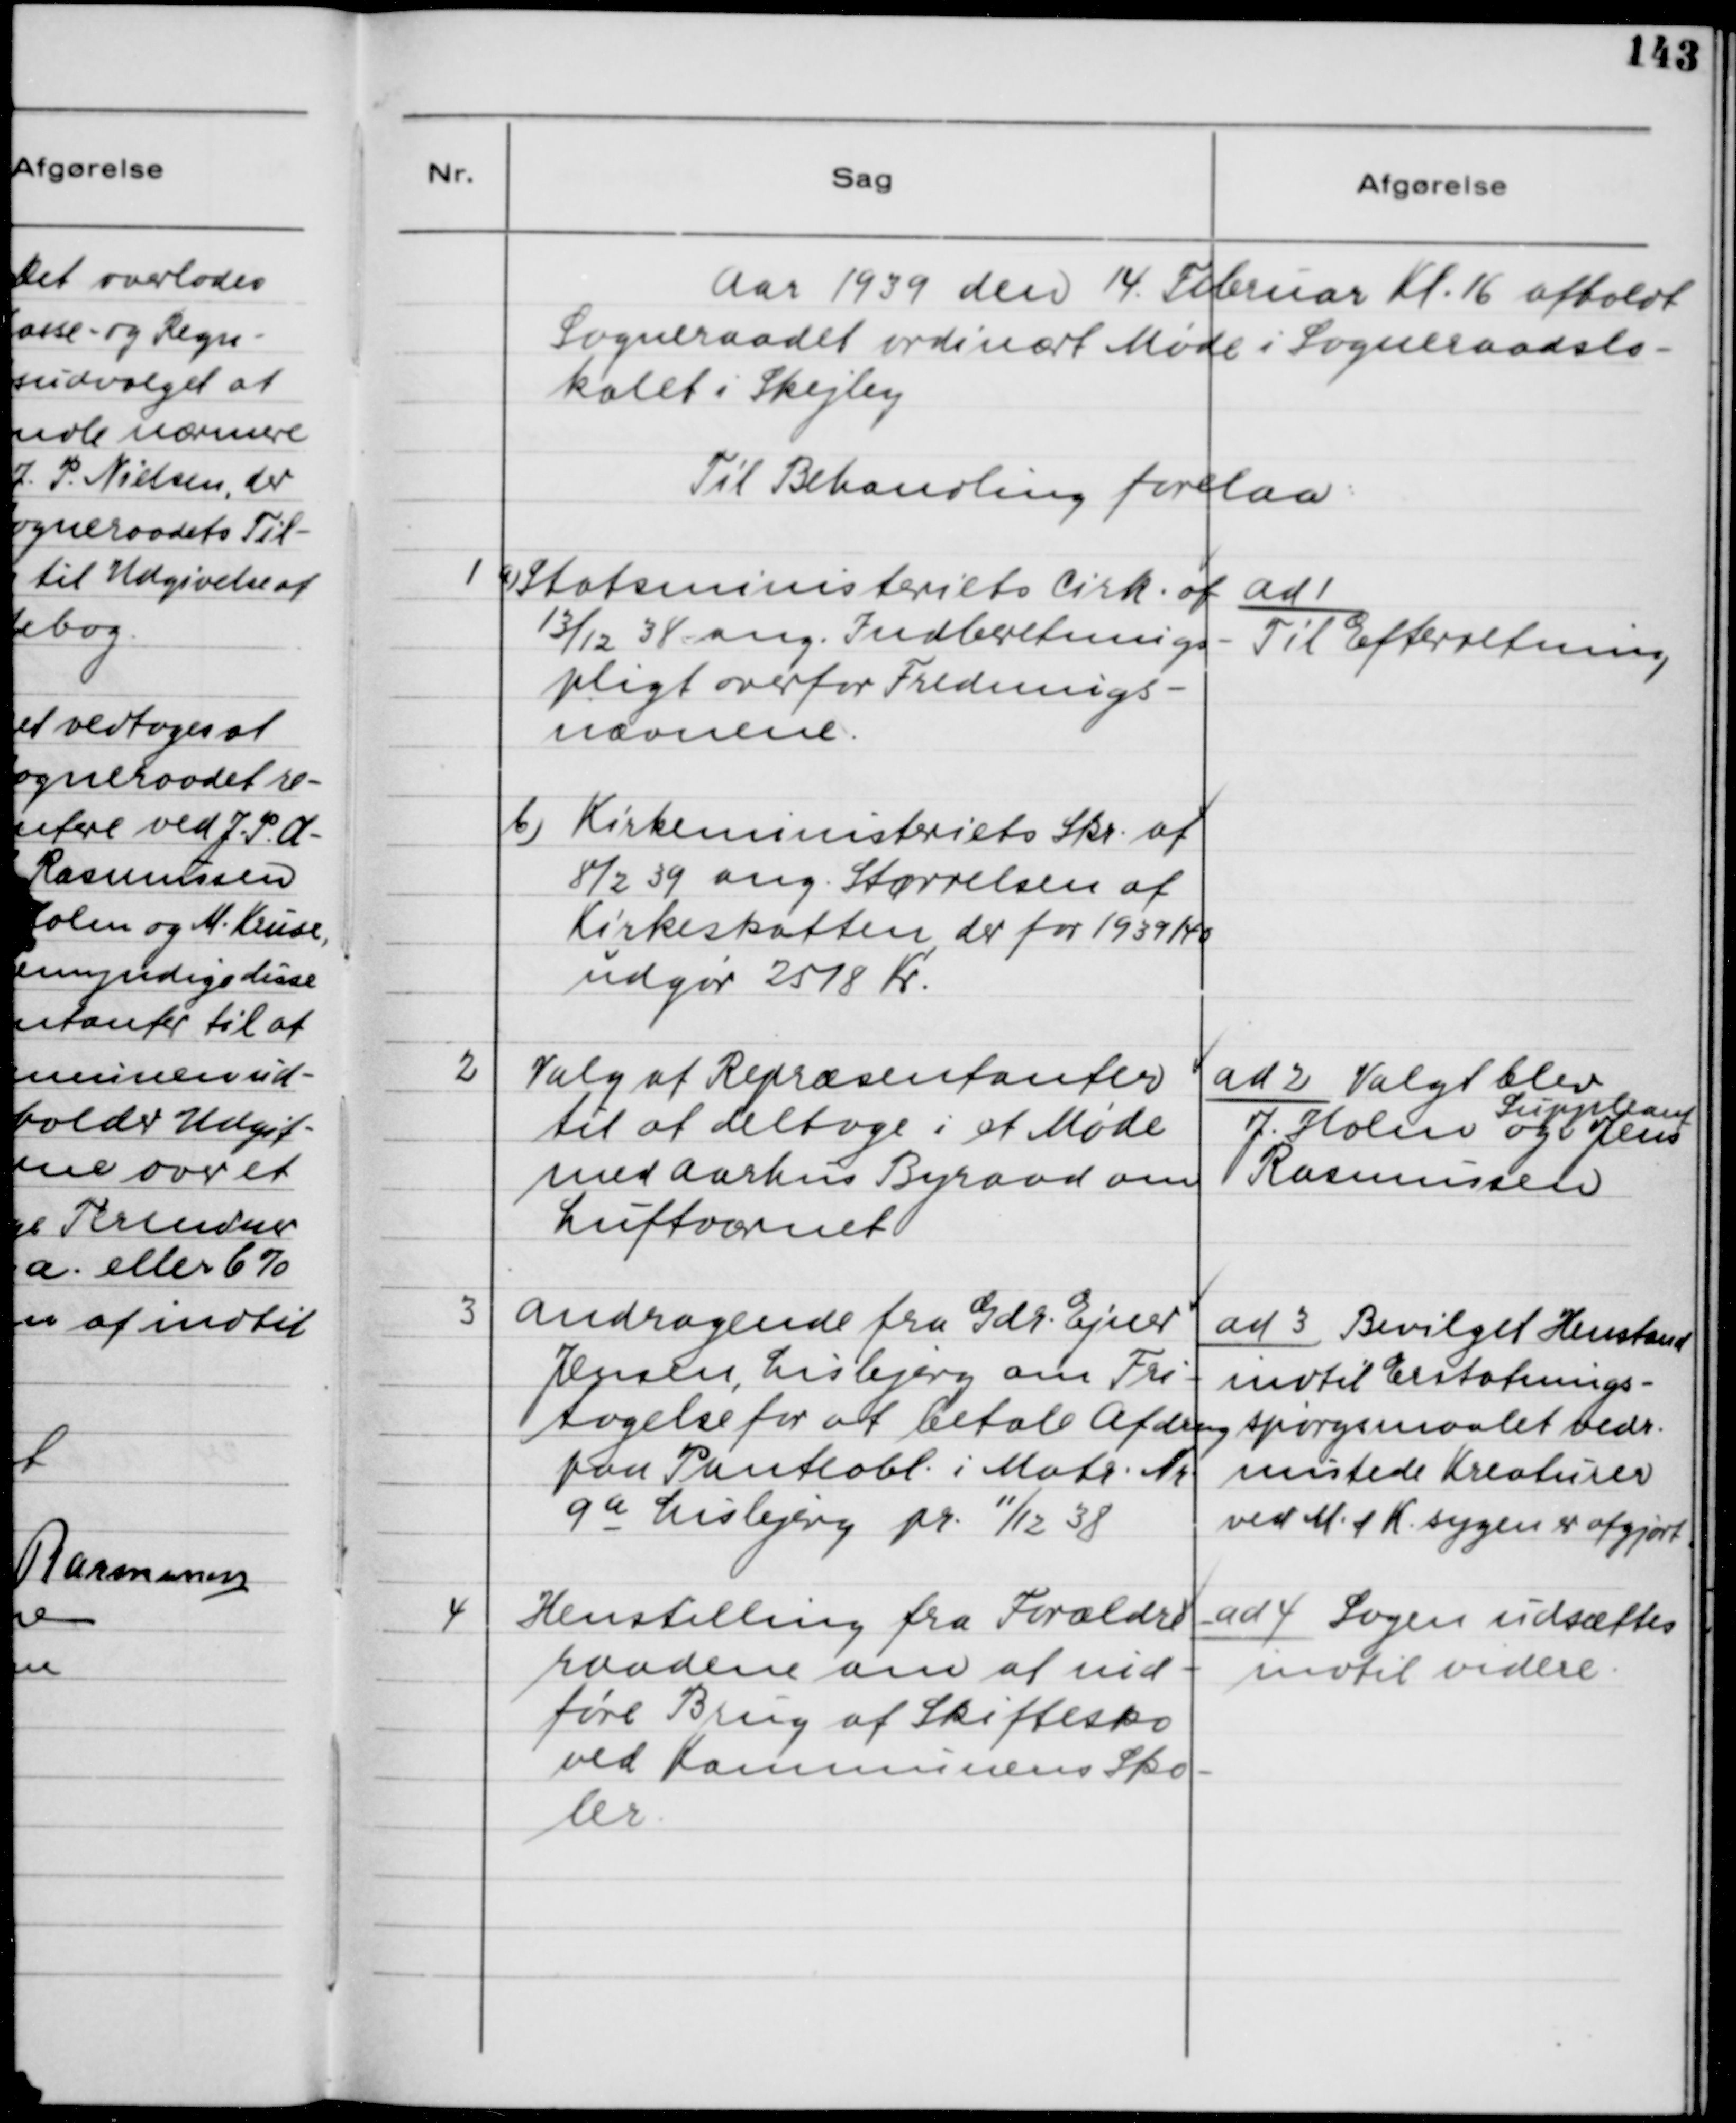
Transskription:
Aar 1939 den 14. Februar Kl. 16 afholdt
Sogneraadet ordinært Møde i Sogneraadslo-
kalet i Skejby.
Til Behandling forelaa:

1 a) Statsministeriets Cirk. af
13/12 38 ang. Indberetnings-
pligt overfor Frednings.
nævnene.
b) Kirkeministeriets Skr. af
8/2 39 ang. Størrelsen af
Kirkeskatten der for 1939/40
udgør 2518 Kr.

ad 1.
Til Efterretning

2. Valg af Repræsentanter
til at deltage i et Møde
med Aarhus Byraad om
Luftværnet.

ad 2. Valgt blev
J. Holm og Suppleant Jens
Rasmussen

3. Andragende fra Gdr. Ejner
Jensen, Lisbjerg om Fri-
tagelse for at betale Afdrag
paa Panteobl. i Matr. Nr.
9a Lisbjerg pr. 11/12 38

ad 3. Bevilget Henstand
indtil Erstatnings-
spørgsmaalet vedr.
mistede Kreaturer
ved M. & K. sygen er afgjort.

4. Henstilling fra Forældre-
raadene om at ind-
føre Brug af Skiftesko
ved Kommunens Sko-
ler.

ad 4. Sagen udsættes
indtil videre.